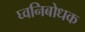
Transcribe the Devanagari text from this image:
घ्वनिबोधक